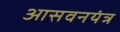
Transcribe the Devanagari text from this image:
आसवनयंत्र